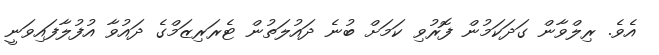
އެވެ. ރިލްވާން ގަދަކަމުން ފޮރުވި ކަމަށް ބުނެ ދައުލަތުން ޓެރަރިޒަމްގެ ދައުވާ އުފުލާފައިވަނީ